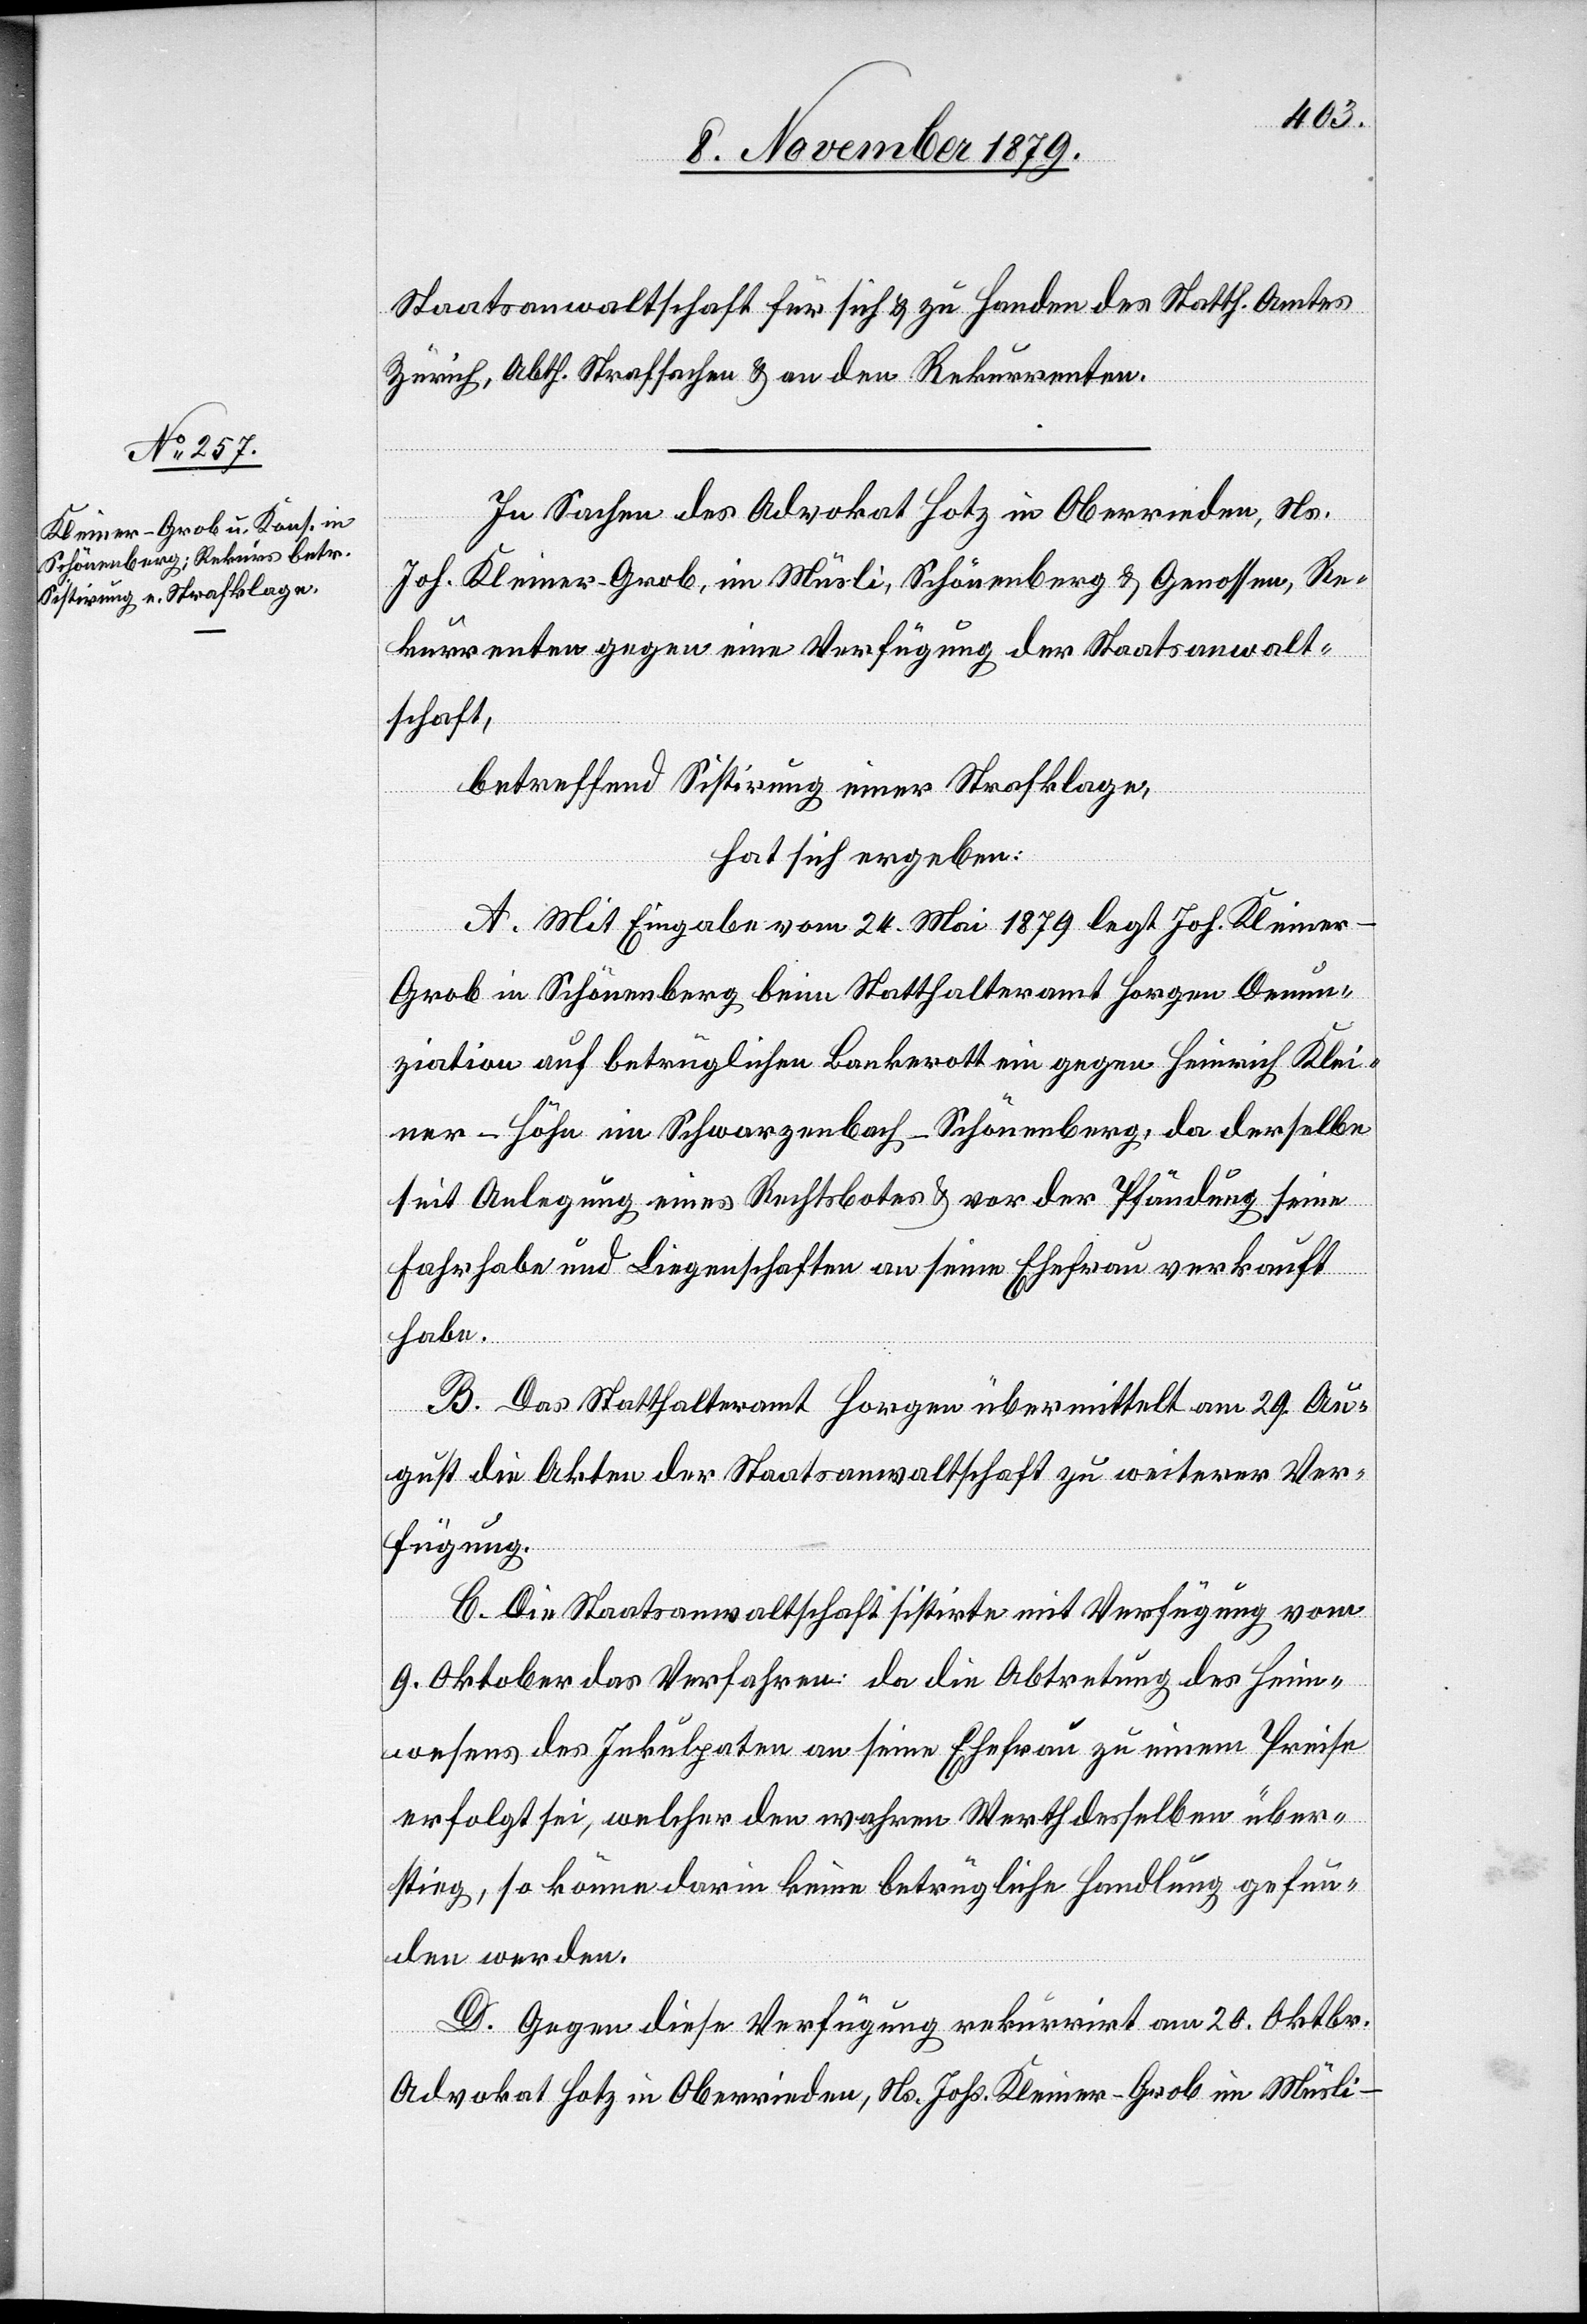
Staatsanwaltschaft für sich & zu Handen des Statth. Amtes
Zürich, Abth. Strafsachen & an den Rekurrenten.
In Sachen des Advokat Hotz in Oberrieden, Ns.
Joh. Kleiner-Grob, im Müsli, Schönenberg & Genossen, Re¬
kurrenten gegen eine Verfügung der Staatsanwalt¬
schaft,
betreffend Sistirung einer Strafklage,
hat sich ergeben:
A. Mit Eingabe vom 24. Mai 1879 legt Joh. Kleine¬
r-Grob in Schönenberg beim Statthalteramt Horgen Denun¬
ziation auf betrüglichen Bankrott ein gegen Heinrich Klei¬
ner-Höhn im Schwarzenbach - Schönenberg, da derselbe
seit Anlegung eines Rechtsbotes & vor der Pfändung seine
Fahrhabe und Liegenschaften an seine Ehefrau verkauft
habe.
B. Das Statthalteramt Horgen übermittelt am 29. Au¬
gust die Akten der Staatsanwaltschaft zu weiterer Ver¬
fügung.
C. Die Staatsanwaltschaft sistirte mit Verfügung vom
9. Oktober das Verfahren, da die Abtretung des Heim¬
wesens des Inkulpaten an seine Ehefrau zu einem Preise
erfolgt sei, welcher den wahren Werth desselben über¬
stieg, so könne darin keine betrügliche Handlung gefun¬
den werden.
D. Gegen diese Verfügung rekurrirt am 20. Oktober
Advokat Hotz in Oberrieden, Ns. Johs. Kleiner-Grob im Müsli